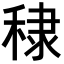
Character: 𥟤